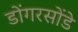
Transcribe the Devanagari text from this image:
डोंगरसोंडे